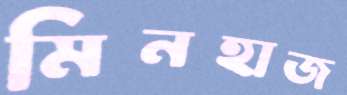
মিনহাজ